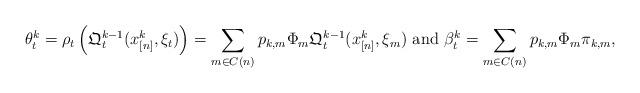
LaTeX: \begin{align*}\begin{array}{l}\theta_t^k = \rho_t \left( \mathfrak{Q}_{t}^{k-1}(x_{[n]}^{k}, \xi_t) \right)= \displaystyle \sum_{m \in C(n)} p_{k , m} \Phi_{m} \mathfrak{Q}_t^{k-1}(x_{[n]}^k, \xi_{m}) \mbox{ and }\beta_t^k = \displaystyle \sum_{m \in C(n)} p_{k , m} \Phi_{m} \pi_{k , m}, \end{array}\end{align*}